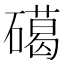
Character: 礍